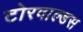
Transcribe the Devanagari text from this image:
टोरवाल्डस